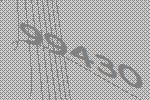
99430